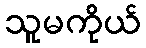
သူမကိုယ်